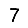
Digit: 7